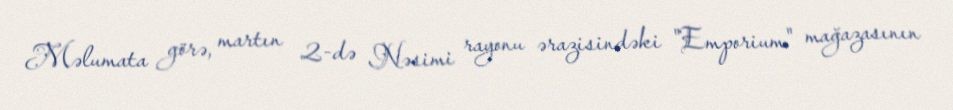
Məlumata görə, martın 2-də Nəsimi rayonu ərazisindəki "Emporium" mağazasının